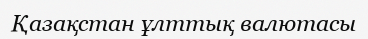
Қазақстан ұлттық валютасы